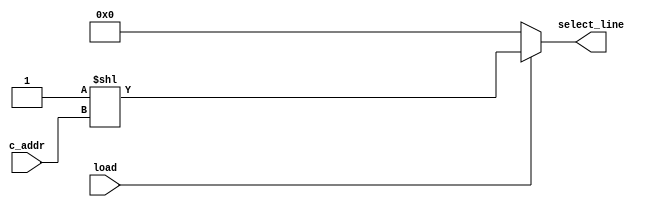
`timescale 1ns / 1ps
//////////////////////////////////////////////////////////////////////////////////
// Company: 
// Engineer: 
// 
// Design Name: 
// Module Name: decoder_4_to_16
// Project Name: 
// Target Devices: 
// Tool Versions: 
// Description: 
// 
// Dependencies: 
// 
// Revision:
// Revision 0.01 - File Created
// Additional Comments:
// 
//////////////////////////////////////////////////////////////////////////////////


module decoder_4_to_16(c_addr, select_line, load);
    input [3:0] c_addr;
    input load; 
    output [15:0] select_line; 
            
    wire [15:0] select_line; 
    
    assign select_line = (load) ? (1 << c_addr) : 16'b0 ;

endmodule